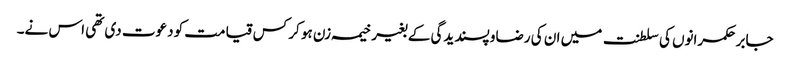
جابر حکمرانوں کی سلطنت میں ان کی رضاو پسندیدگی کے بغیر خیمہ زن ہو کر کس قیامت کو دعوت دی تھی اس نے۔